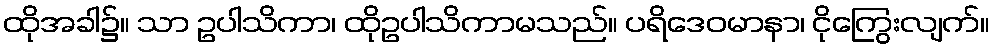
ထိုအခါ၌။ သာ ဥပါသိကာ၊ ထိုဥပါသိကာမသည်။ ပရိဒေဝမာနာ၊ ငိုကြွေးလျက်။